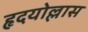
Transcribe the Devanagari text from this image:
हृदयोल्लास